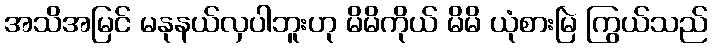
အသိအမြင် မနုနယ်လှပါဘူးဟု မိမိကိုယ် မိမိ ယုံစားမြဲ ကြွယ်သည်